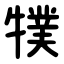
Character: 㹒